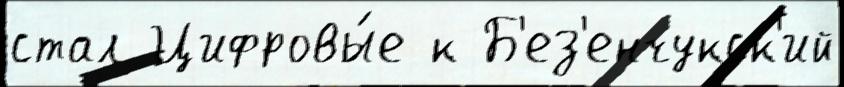
стал Цифровы́е к Б'ез'енчукск'ий